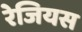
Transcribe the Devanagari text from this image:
रेजियस